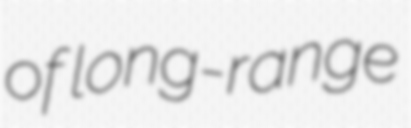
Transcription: of long-range